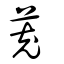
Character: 茺